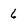
Character: 6